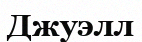
Джуэлл